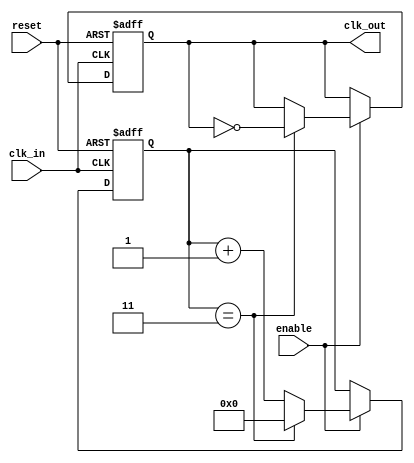
module clock_divider_buffer #(
    parameter N = 4  // Default division factor (can be overridden)
)(
    input wire clk_in,    // Input clock signal
    input wire reset,     // Asynchronous reset signal
    input wire enable,    // Enable signal for clock division
    output reg clk_out    // Output clock signal
);

    reg [31:0] counter;   // Counter to keep track of input clock cycles

    // Always block to handle clock division
    always @(posedge clk_in or posedge reset) begin
        if (reset) begin
            counter <= 0;   // Reset counter
            clk_out <= 0;   // Reset output clock
        end else if (enable) begin
            if (counter == (N - 1)) begin
                clk_out <= ~clk_out; // Toggle output clock
                counter <= 0;         // Reset counter after toggle
            end else begin
                counter <= counter + 1; // Increment counter
            end
        end
    end

endmodule